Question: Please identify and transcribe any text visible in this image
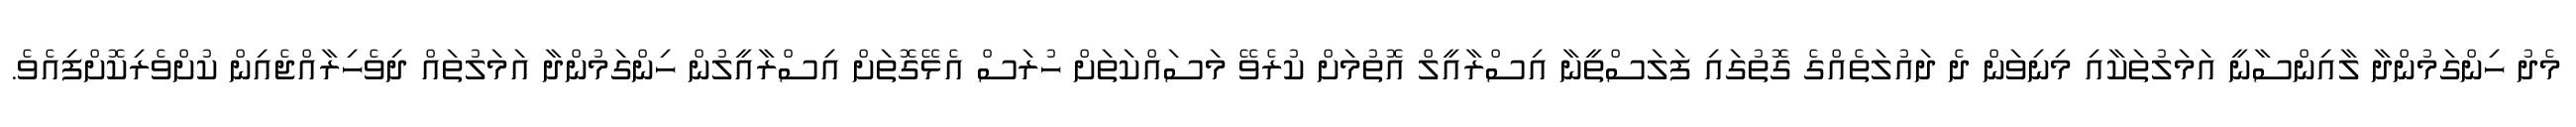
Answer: މެދު ހިންގަމުންދާ ލާއިންސާނީ އަމަލުތަކާއި މިނިވަން ދެ ދައުލަތެއްގެ ގޮތުގައި ފަލަސްތީނާ އިސްރާއީލް އޮތުމަށް ކުރެވޭ މަސައްކަތަށް ހުރަސް އެޅޭގޮތަށް އިސްރާއީލުން ހިންގަމުންދާ އަމަލުތައް ދިވެހިރާއްޖެއިން ކުށްވެރިކޮށްފިއެވެ.